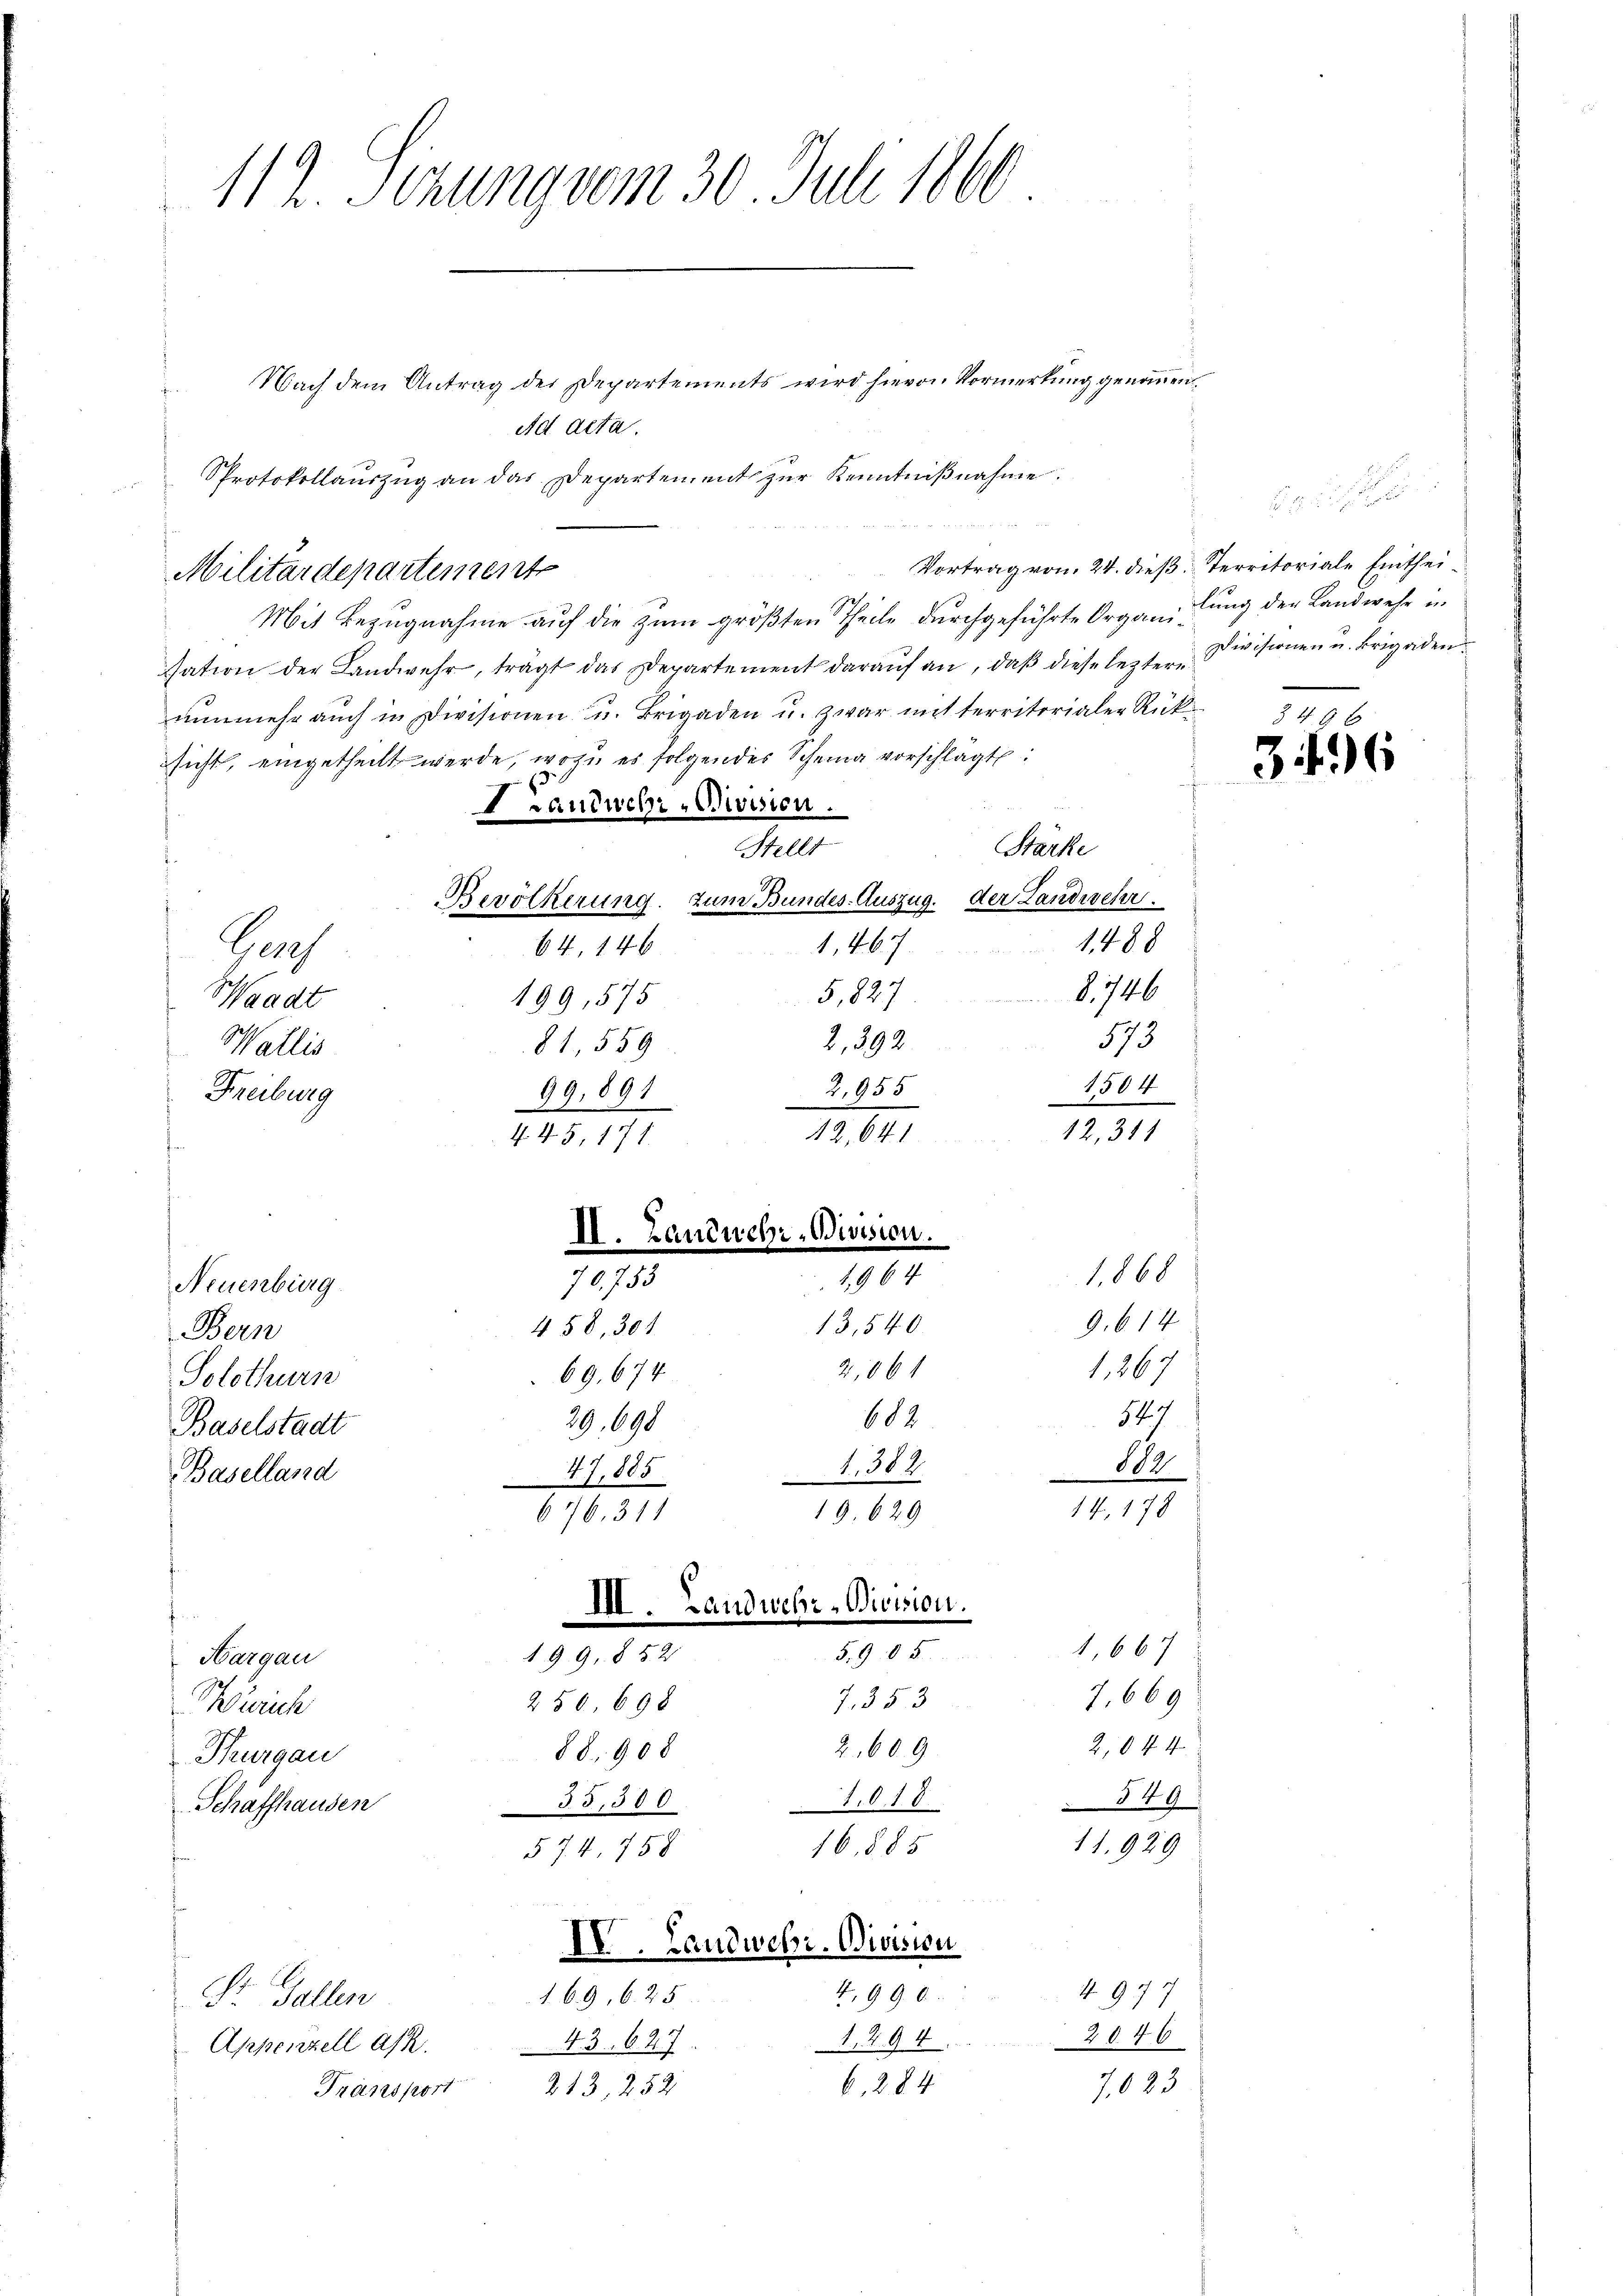
112. Serung vom 30. Juli 1860

Nach dem Antrag der Departements wird hievon Vormerkung genommen.
Ad acta.
Protokollauszug an das Departement zur Kenntnißnahme.
Militärdepartement
Mit Bezugnahme auf die zum größten Theile durchgeführte Organi
sation der Landwehr, tragt das Departement darauf an, daß diese leztere
nunmehr auch in Divisionen u. Brigaden u. zwar mit territorialer Rücksicht, eingetheilt werde, wozu es folgendes Scheina vorschlagt:
rauduch-Aussion.
Stärke
Stellt
Bevölkerung zum Bundes-Auszug. der Landwehr.
1488
1,46
64, 146
Gach
1. 746
5,827
199, 575
Waadt
573
2,392.
81,559
Wallis
Z,955
1504
9
Freiburg
2. 891
2
12,311
12, 641
4. 45, 171.
II. Landwehr, Bisssion.
1,868
70,753
4,964
Neuenburg.
9,614
13,540.
458, 304
Bern
1,267
2,06
69. 674
Solothurn
54. 7
602
29,698
Baselstadt
1382
104
47,885
Baselland
14, 178
19. 629
616,311
III. Landwehr-Division.
1,667
5. 905.
199,852
Margau
7,669
,353
250, 698
Zürich
2,044
2,609
88. 908
Thurgau
1,010
35,300
549
Schaffhausen
11929
16,885
574, 758

IV. Lau
169, 625.
43. 647
Z. 13, 252
Transport

Dr. Gallen
Appenzell A/R.

4,990.
1. 294
6, 284

4977
2046
7,023

Vortrag von 24. dieß Territoriale Eintheilung der Landwehr un
Divisionen u. Brigaden.

349 x
3496